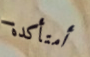
أمتأكدة